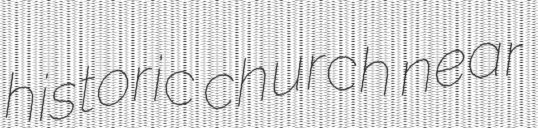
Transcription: historic church near